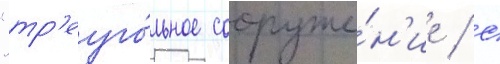
"тр'еуго́льное сооруже́н'ие / с